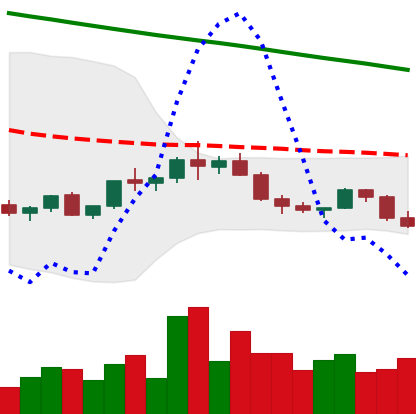
Ticker: ADA-USD
Chart end date: 2022-02-18
Forward return: -12.831%
Label: down_7plus